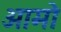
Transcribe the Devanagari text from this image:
आमो